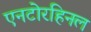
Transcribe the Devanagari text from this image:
एनटोरहिनल